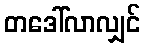
တဒေါ်လာလျှင်